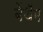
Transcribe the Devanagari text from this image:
बेंथॅम